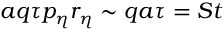
a q \tau p _ { \eta } r _ { \eta } \sim q a \tau = S t